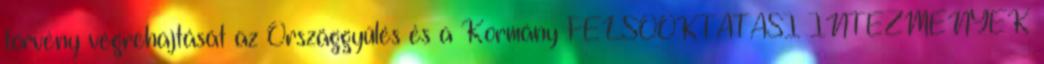
törvény végrehajtását az Országgyűlés és a Kormány FELSŐOKTATÁSI INTÉZMÉNYEK